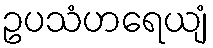
ဥပသံဟရေယျံ